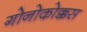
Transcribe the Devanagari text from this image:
गोनोकोक्कस